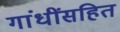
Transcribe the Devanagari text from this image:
गांधींसहित